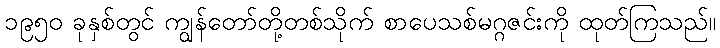
၁၉၅၀ ခုနှစ်တွင် ကျွန်တော်တို့တစ်သိုက် စာပေသစ်မဂ္ဂဇင်းကို ထုတ်ကြသည်။